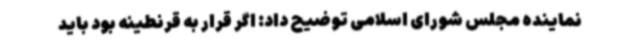
نماینده مجلس شورای اسلامی توضیح داد: اگر قرار به قرنطینه بود باید